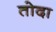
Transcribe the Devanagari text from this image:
तोदा